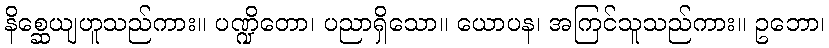
နိစ္ဆေယျဟူသည်ကား။ ပဏ္ဍိတော၊ ပညာရှိသော။ ယောပန၊ အကြင်သူသည်ကား။ ဥဘော၊